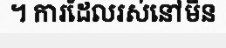
។ ការដែលរស់នៅមិន